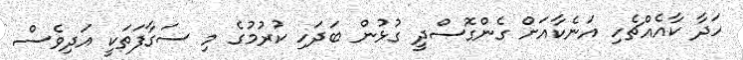
ހަދާ ކާއެއްޗެހި އަނެކާއަށް ގެންގޮސްދީ ގުޅުން ބަދަހި ކުރުމުގެ މި ސަގާފަތަކީ އަދިވެސް